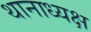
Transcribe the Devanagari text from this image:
थानाध्यक्ष